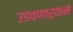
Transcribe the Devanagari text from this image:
उडवणाऱ्याने